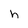
Character: h